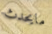
مايحدث